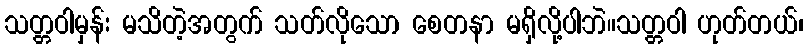
သတ္တဝါမှန်း မသိတဲ့အတွက် သတ်လိုသော စေတနာ မရှိလို့ပါဘဲ။သတ္တဝါ ဟုတ်တယ်၊